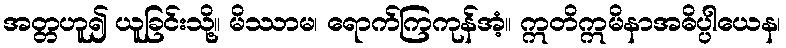
အတ္တဟူ၍ ယူခြင်းသို့။ မိဿာမ၊ ရောက်ကြကုန်အံ့။ ဣတိဣမိနာအဓိပ္ပါယေန၊